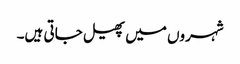
شہروں میں پھیل جاتی ہیں۔